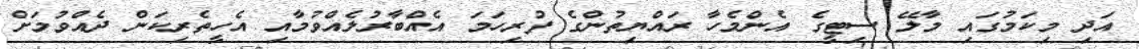
އަދި މިކަމުގައި މާލޭ ސިޓީގެ އެންމެހާ ރައްޔިތުންގެ ފުރިހަމަ އެއްބާރުލެއްވުމާއި އެހީތެރިކަން ދެއްވުމަށް